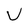
Character: U